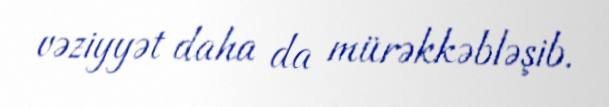
vəziyyət daha da mürəkkəbləşib.